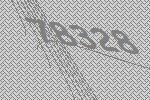
78328